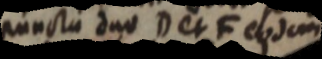
puncta duo D et F eodem